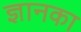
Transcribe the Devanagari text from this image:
ज्ञानका